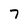
Character: 7